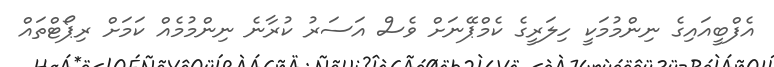
އެފްބީއައިގެ ނިންމުމަކީ ހިލަރީގެ ކެމްޕޭނަށް ވެސް އަސަރު ކުރާނެ ނިންމުމެއް ކަމަށް ރިޕޯޓްތައް